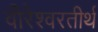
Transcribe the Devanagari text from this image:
वीरेश्वरतीर्थ